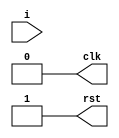
module clk_rst_gen (
  input [31:0] i,
  output reg clk,
  output reg rst);
  
  always @(i) begin
    rst = 1'b0;
    #1 rst = 1'b1;
    clk = 0;
    repeat (66) begin
      #1 clk = ~clk;
    end
    
  end
  


endmodule